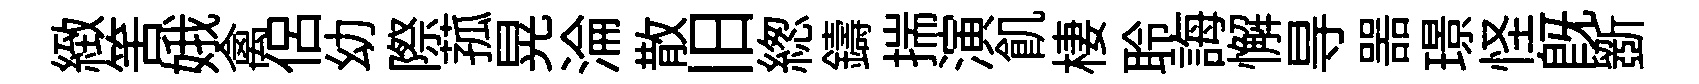
緻筈娥禽侶幼際菰晃淪散旧緫鑄揣演飢棲聆誨懈㝵噐璟怪旣斵